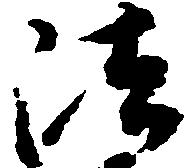
法